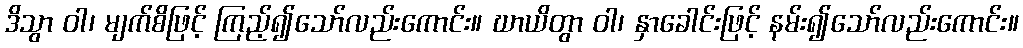
ဒိသွာ ဝါ၊ မျက်စိဖြင့် ကြည့်၍သော်လည်းကောင်း။ ဃာယိတွာ ဝါ၊ နှာခေါင်းဖြင့် နမ်း၍သော်လည်းကောင်း။